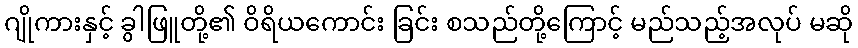
ဂျိုကားနှင့် ခွါဖြူတို့၏ ဝိရိယကောင်း ခြင်း စသည်တို့ကြောင့် မည်သည့်အလုပ် မဆို